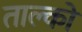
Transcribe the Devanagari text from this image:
ताल्को